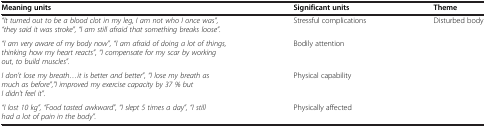
| Meaning units | Significant units | Theme |
 | --- | --- | --- |
 | "It turned out to be a blood clot in my leg, I am not who I once was", "they said it was stroke", "I am still afraid that something breaks loose". | Stressful complications | Disturbed body |
 | "I am very aware of my body now", "I am afraid of doing a lot of things, thinking how my heart reacts", "I compensate for my scar by working out, to build muscles". | Bodily attention |  |
 | I don’t lose my breath...it is better and better", "I lose my breath as much as before","I improved my exercise capacity by 37 % but I didn’t feel it". | Physical capability |  |
 | "I lost 10 kg", "Food tasted awkward", "I slept 5 times a day", "I still had a lot of pain in the body". | Physically affected |  |